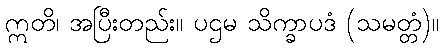
ဣတိ၊ အပြီးတည်း။ ပဌမ သိက္ခာပဒံ (သမတ္တံ)။